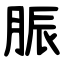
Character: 脤